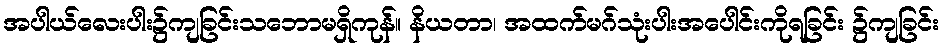
အပါယ်လေးပါး၌ကျခြင်းသဘောမရှိကုန်။ နိယတာ၊ အထက်မဂ်သုံးပါးအပေါင်းကိုရခြင်း ၌ကျခြင်း